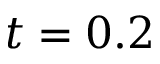
t = 0 . 2